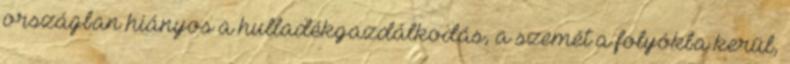
országban hiányos a hulladékgazdálkodás, a szemét a folyókba kerül,